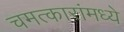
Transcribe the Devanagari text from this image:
चमत्कारांमध्ये